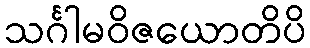
သင်္ဂါမဝိဇယောတိပိ